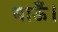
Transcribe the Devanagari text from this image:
धाऊँ।